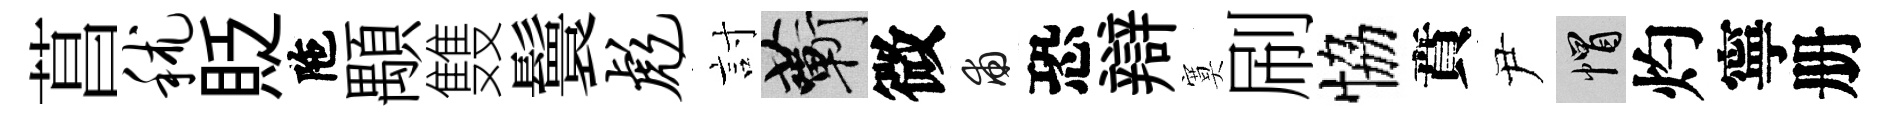
菖秫貶陁顒䨇鬟彪討蔪微甫恐辯寞刷恊賁尹帽灼寧册